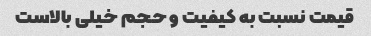
قیمت نسبت به کیفیت و حجم خیلی بالاست